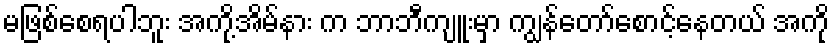
မဖြစ်စေရပါဘူး အကို့အိမ်နား က ဘာဘီကျူးမှာ ကျွန်တော်စောင့်နေတယ် အကို